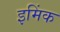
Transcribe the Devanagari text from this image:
इमिंक